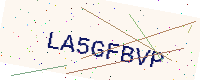
Text: LA5GFBVP